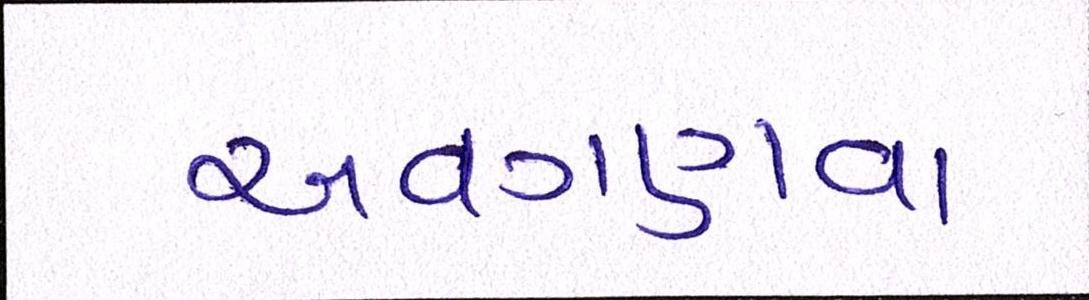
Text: અવગણવા